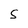
Character: S